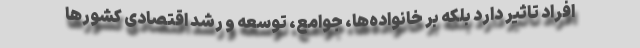
افراد تاثیر دارد بلکه بر خانواده‌ها، جوامع، توسعه و رشد اقتصادی کشورها